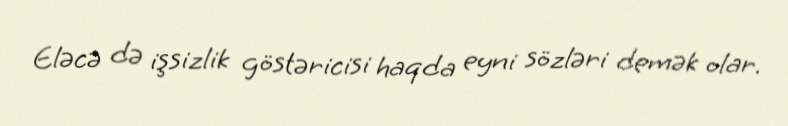
Eləcə də işsizlik göstəricisi haqda eyni sözləri demək olar.